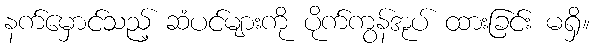
နက်မှောင်သည့် ဆံပင်များကို ပိုက်ကွန်အုပ် ထားခြင်း မရှိ။